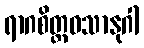
ရာဂစိတ္တဝသာနုဂါ